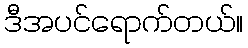
ဒီအပင်ရောက်တယ်။